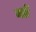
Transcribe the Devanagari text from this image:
मर्ढे